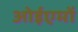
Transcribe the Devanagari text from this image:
ओईएमों